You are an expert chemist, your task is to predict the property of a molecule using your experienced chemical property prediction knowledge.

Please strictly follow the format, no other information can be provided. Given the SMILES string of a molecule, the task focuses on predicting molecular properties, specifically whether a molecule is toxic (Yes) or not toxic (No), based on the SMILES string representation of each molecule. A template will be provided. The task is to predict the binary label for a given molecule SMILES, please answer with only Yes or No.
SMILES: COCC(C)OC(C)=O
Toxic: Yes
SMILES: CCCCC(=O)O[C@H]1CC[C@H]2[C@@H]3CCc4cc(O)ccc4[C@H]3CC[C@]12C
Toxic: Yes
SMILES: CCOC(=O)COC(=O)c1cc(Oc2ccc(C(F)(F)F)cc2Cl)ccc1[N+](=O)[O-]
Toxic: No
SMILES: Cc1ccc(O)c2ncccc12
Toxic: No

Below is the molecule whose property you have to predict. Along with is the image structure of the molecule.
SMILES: C=CC[N+](C)(C)CC=C
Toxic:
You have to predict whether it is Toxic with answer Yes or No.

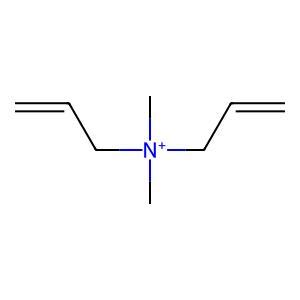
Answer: No